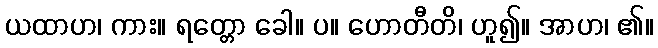
ယထာဟ၊ ကား။ ရတ္တော ခေါ။ ပ။ ဟောတီတိ၊ ဟူ၍။ အာဟ၊ ၏။